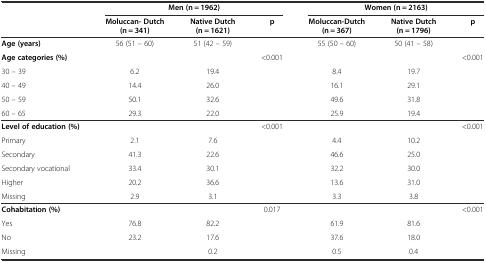
<table><thead><tr><td></td><td colspan="3"><b>Men (n = 1962)</b></td><td colspan="3"><b>Women (n = 2163)</b></td></tr><tr><td></td><td><b>Moluccan- Dutch (n = 341)</b></td><td><b>Native Dutch (n = 1621)</b></td><td><b>p</b></td><td><b>Moluccan-Dutch (n = 367)</b></td><td><b>Native Dutch (n = 1796)</b></td><td><b>p</b></td></tr></thead><tbody><tr><td><b>Age (years)</b></td><td>56 (51 – 60)</td><td>51 (42 – 59)</td><td></td><td>55 (50 – 60)</td><td>50 (41 – 58)</td><td></td></tr><tr><td><b>Age categories (%)</b></td><td></td><td></td><td>&lt;0.001</td><td></td><td></td><td>&lt;0.001</td></tr><tr><td>30 – 39</td><td>6.2</td><td>19.4</td><td></td><td>8.4</td><td>19.7</td><td></td></tr><tr><td>40 – 49</td><td>14.4</td><td>26.0</td><td></td><td>16.1</td><td>29.1</td><td></td></tr><tr><td>50 – 59</td><td>50.1</td><td>32.6</td><td></td><td>49.6</td><td>31.8</td><td></td></tr><tr><td>60 – 65</td><td>29.3</td><td>22.0</td><td></td><td>25.9</td><td>19.4</td><td></td></tr><tr><td><b>Level of education (%)</b></td><td></td><td></td><td>&lt;0.001</td><td></td><td></td><td>&lt;0.001</td></tr><tr><td>Primary</td><td>2.1</td><td>7.6</td><td></td><td>4.4</td><td>10.2</td><td></td></tr><tr><td>Secondary</td><td>41.3</td><td>22.6</td><td></td><td>46.6</td><td>25.0</td><td></td></tr><tr><td>Secondary vocational</td><td>33.4</td><td>30.1</td><td></td><td>32.2</td><td>30.0</td><td></td></tr><tr><td>Higher</td><td>20.2</td><td>36.6</td><td></td><td>13.6</td><td>31.0</td><td></td></tr><tr><td>Missing</td><td>2.9</td><td>3.1</td><td></td><td>3.3</td><td>3.8</td><td></td></tr><tr><td><b>Cohabitation (%)</b></td><td></td><td></td><td>0.017</td><td></td><td></td><td>&lt;0.001</td></tr><tr><td>Yes</td><td>76.8</td><td>82.2</td><td></td><td>61.9</td><td>81.6</td><td></td></tr><tr><td>No</td><td>23.2</td><td>17.6</td><td></td><td>37.6</td><td>18.0</td><td></td></tr><tr><td>Missing</td><td></td><td>0.2</td><td></td><td>0.5</td><td>0.4</td><td></td></tr></tbody></table>